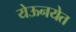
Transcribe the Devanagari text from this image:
येऊनयेत